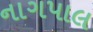
નાગપાલ